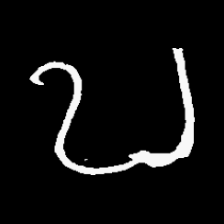
Pyu character \u2014 Myanmar letter: ဎ (romanized: ddha)